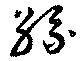
糸